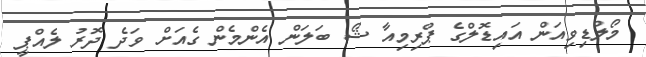
މޯލްޑިވިއަން އައިޑޮލްގެ ޕްރިމިއާ ޝޯ ބަލަން އެންމެން ގެއަށް ވަދެ ދޮރު ލެއްޕީ